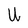
Character: U